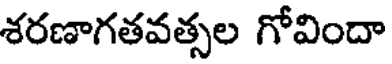
శరణాగతవత్సల గోవిందా